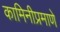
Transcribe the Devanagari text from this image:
कामिनीप्रमाणे